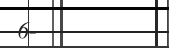
6-